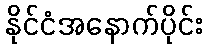
နိုင်ငံအနောက်ပိုင်း